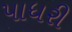
પાધરી